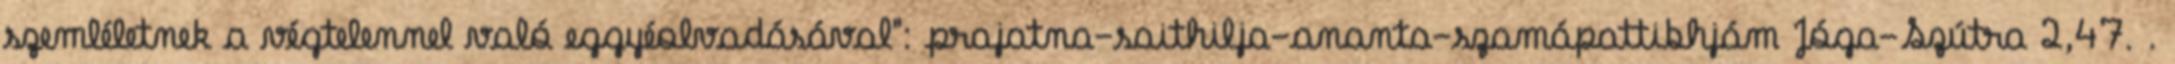
szemléletnek a végtelennel való eggyéolvadásával": prajatna-saithilja-ananta-szamápattibhjám Jóga-Szútra 2,47. .